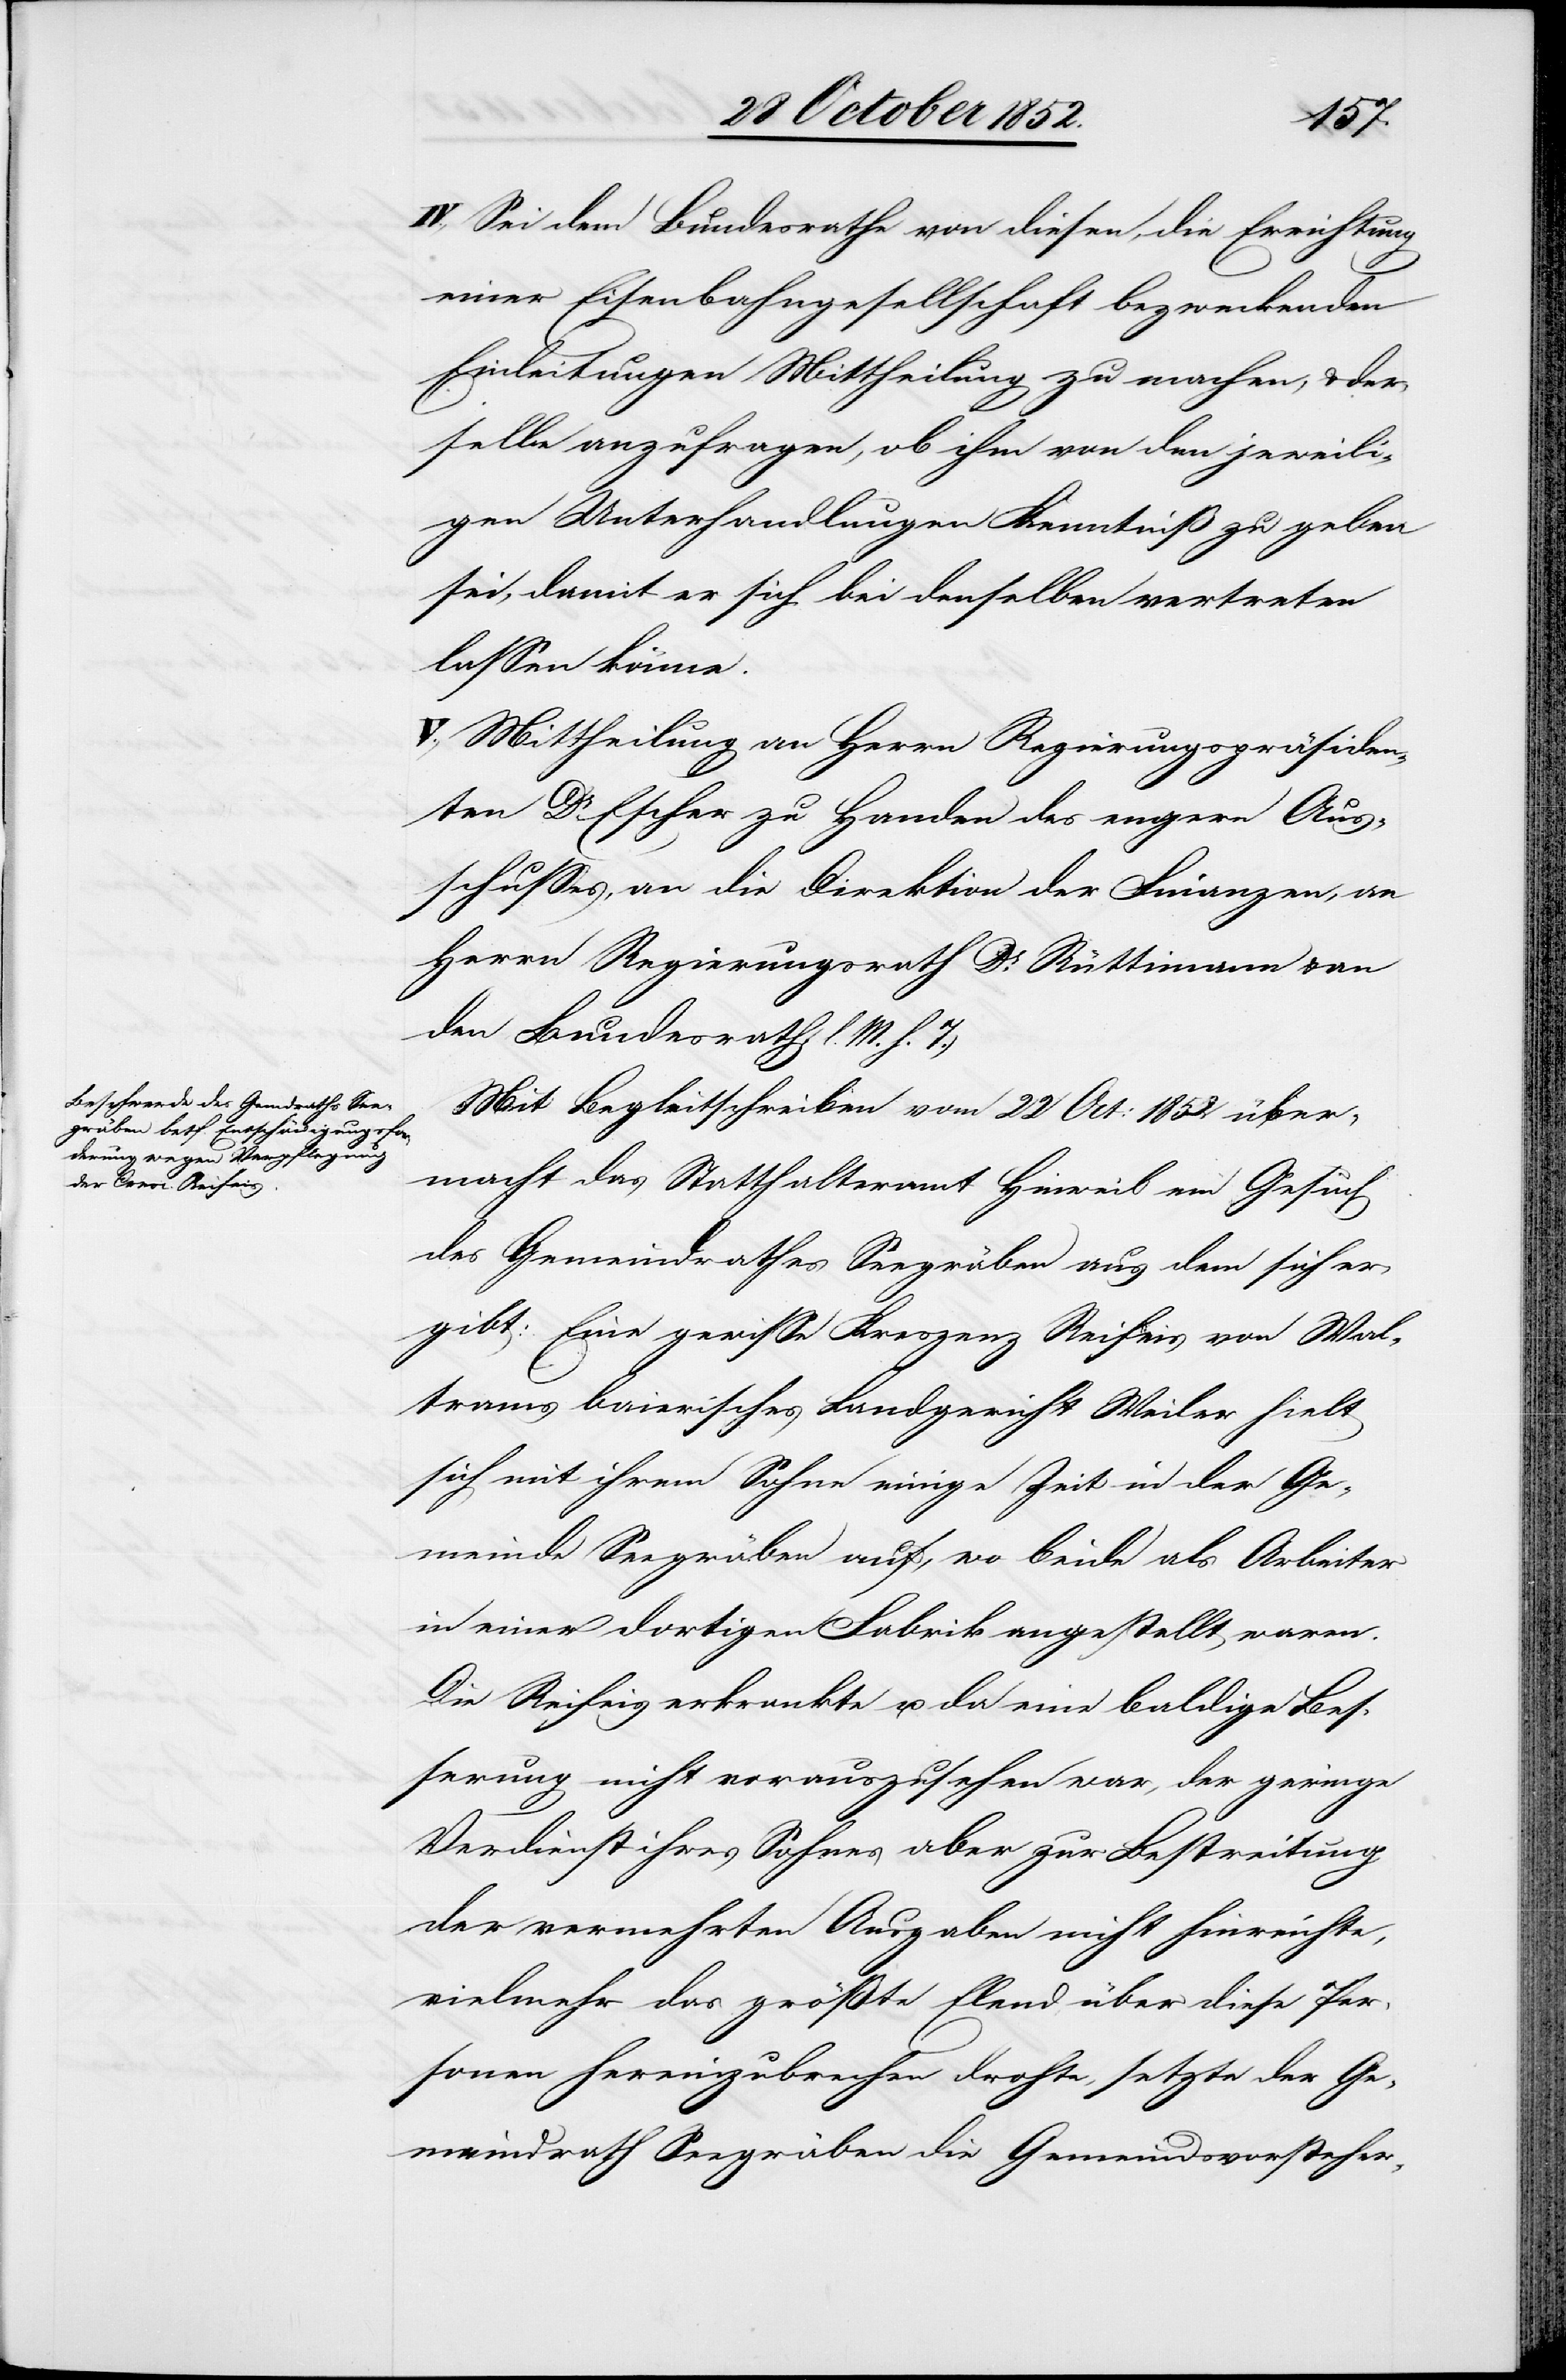
IV., Sei dem Bundesrathe von diesen, die Errichtung
einer Eisenbahngesellschaft bezweckenden
Einleitungen Mittheilung zu machen, & der¬
selbe anzufragen, ob ihm von den jeweili¬
gen Unterhandlungen Kenntniß zu geben
sei, damit er sich bei denselben vertreten
lassen könne.
V., Mittheilung an Herrn Regierungspräsiden¬
ten Dr. Escher zu Handen des engern Aus¬
schusses, an die Direktion der Finanzen, an
Herrn Regierungsrath Dr. Rüttimann & an
den Bundesrath. (l. M. h. T.)
Mit Begleitschreiben vom 22 Oct: 1852 über¬
macht das Statthalteramt Hinweil ein Gesuch
des Gemeindrathes Seegräben aus dem sich er¬
gibt: Eine gewisse Kreszenz Reifeis von Wal¬
trams baierisches Landgericht Weiler hielt
sich mit ihrem Sohne einige Zeit in der Ge¬
meinde Seegräben auf, wo beide als Arbeiter
in einer dortigen Fabrik angestellt waren.
Die Reifeis erkrankte u. da eine baldige Bes¬
serung nicht vorauszusehen war, der geringe
Verdienst ihres Sohnes aber zur Bestreitung
der vermehrten Ausgaben nicht hinreichte,
vielmehr das größte Elend über diese Per¬
sonen hereinzubrechen drohte, setzte der Ge¬
meindrath Seegräben die Gemeindsvorsteher-